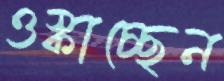
ওস্‌কাচ্ছেন